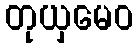
တုယှမေဝ